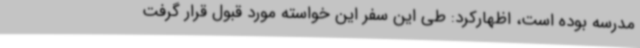
مدرسه بوده است، اظهارکرد: طی این سفر این خواسته مورد قبول قرار گرفت